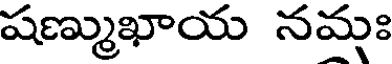
షణ్ముఖాయ నమః